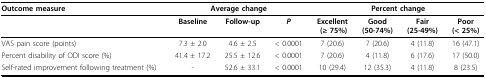
<table><thead><tr><td><b>Outcome measure</b></td><td colspan="3"><b>Average change</b></td><td colspan="4"><b>Percent change</b></td></tr><tr><td></td><td><b>Baseline</b></td><td><b>Follow-up</b></td><td><b><i>P</i></b></td><td><b>Excellent (≥ 75%)</b></td><td><b>Good (50-74%)</b></td><td><b>Fair (25-49%)</b></td><td><b>Poor (&lt; 25%)</b></td></tr></thead><tbody><tr><td>VAS pain score (points)</td><td>7.3 ± 2.0</td><td>4.6 ± 2.5</td><td>&lt; 0.0001</td><td>7 (20.6)</td><td>7 (20.6)</td><td>4 (11.8)</td><td>16 (47.1)</td></tr><tr><td>Percent disability of ODI score (%)</td><td>41.4 ± 17.2</td><td>25.5 ± 12.6</td><td>&lt; 0.0001</td><td>7 (20.6)</td><td>4 (11.8)</td><td>6 (17.6)</td><td>17 (50.0)</td></tr><tr><td>Self-rated improvement following treatment (%)</td><td>-</td><td>52.6 ± 33.1</td><td>&lt; 0.0001</td><td>10 (29.4)</td><td>12 (35.3)</td><td>4 (11.8)</td><td>8 (23.5)</td></tr></tbody></table>